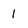
Character: 1